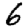
Digit: 6